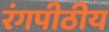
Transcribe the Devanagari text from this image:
रंगपीठीय